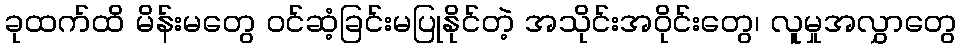
ခုထက်ထိ မိန်းမတွေ ဝင်ဆံ့ခြင်းမပြုနိုင်တဲ့ အသိုင်းအဝိုင်းတွေ၊ လူမှုအလွှာတွေ